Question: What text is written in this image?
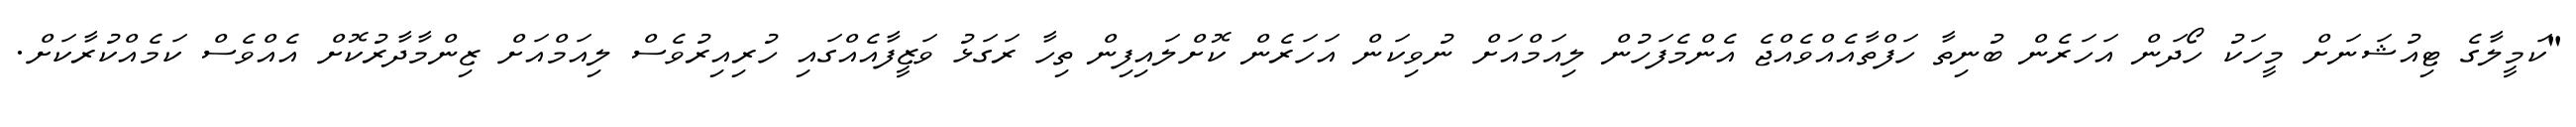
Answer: "ކަމީލާގެ ޓިއުޝަނަށް މީހަކު ހޯދަން އަހަރެން ބުނިތާ ހަފްތާއެއްވެއްޖެ އެންމެފަހުން ލިއަމްއަށް ނުވިކަން އަހަރެން ކޮށްލައިފިން ތިހާ ރަގަޅު ވަޒީފާއެއްގައި ހުރިއިރުވެސް ލިއަމްއަށް ޒިންމާދާރުކޮށް އެއްވެސް ކަމެއްކުރާކަށް.